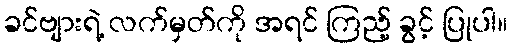
ခင်ဗျားရဲ့ လက်မှတ်ကို အရင် ကြည့် ခွင့် ပြုပါ။